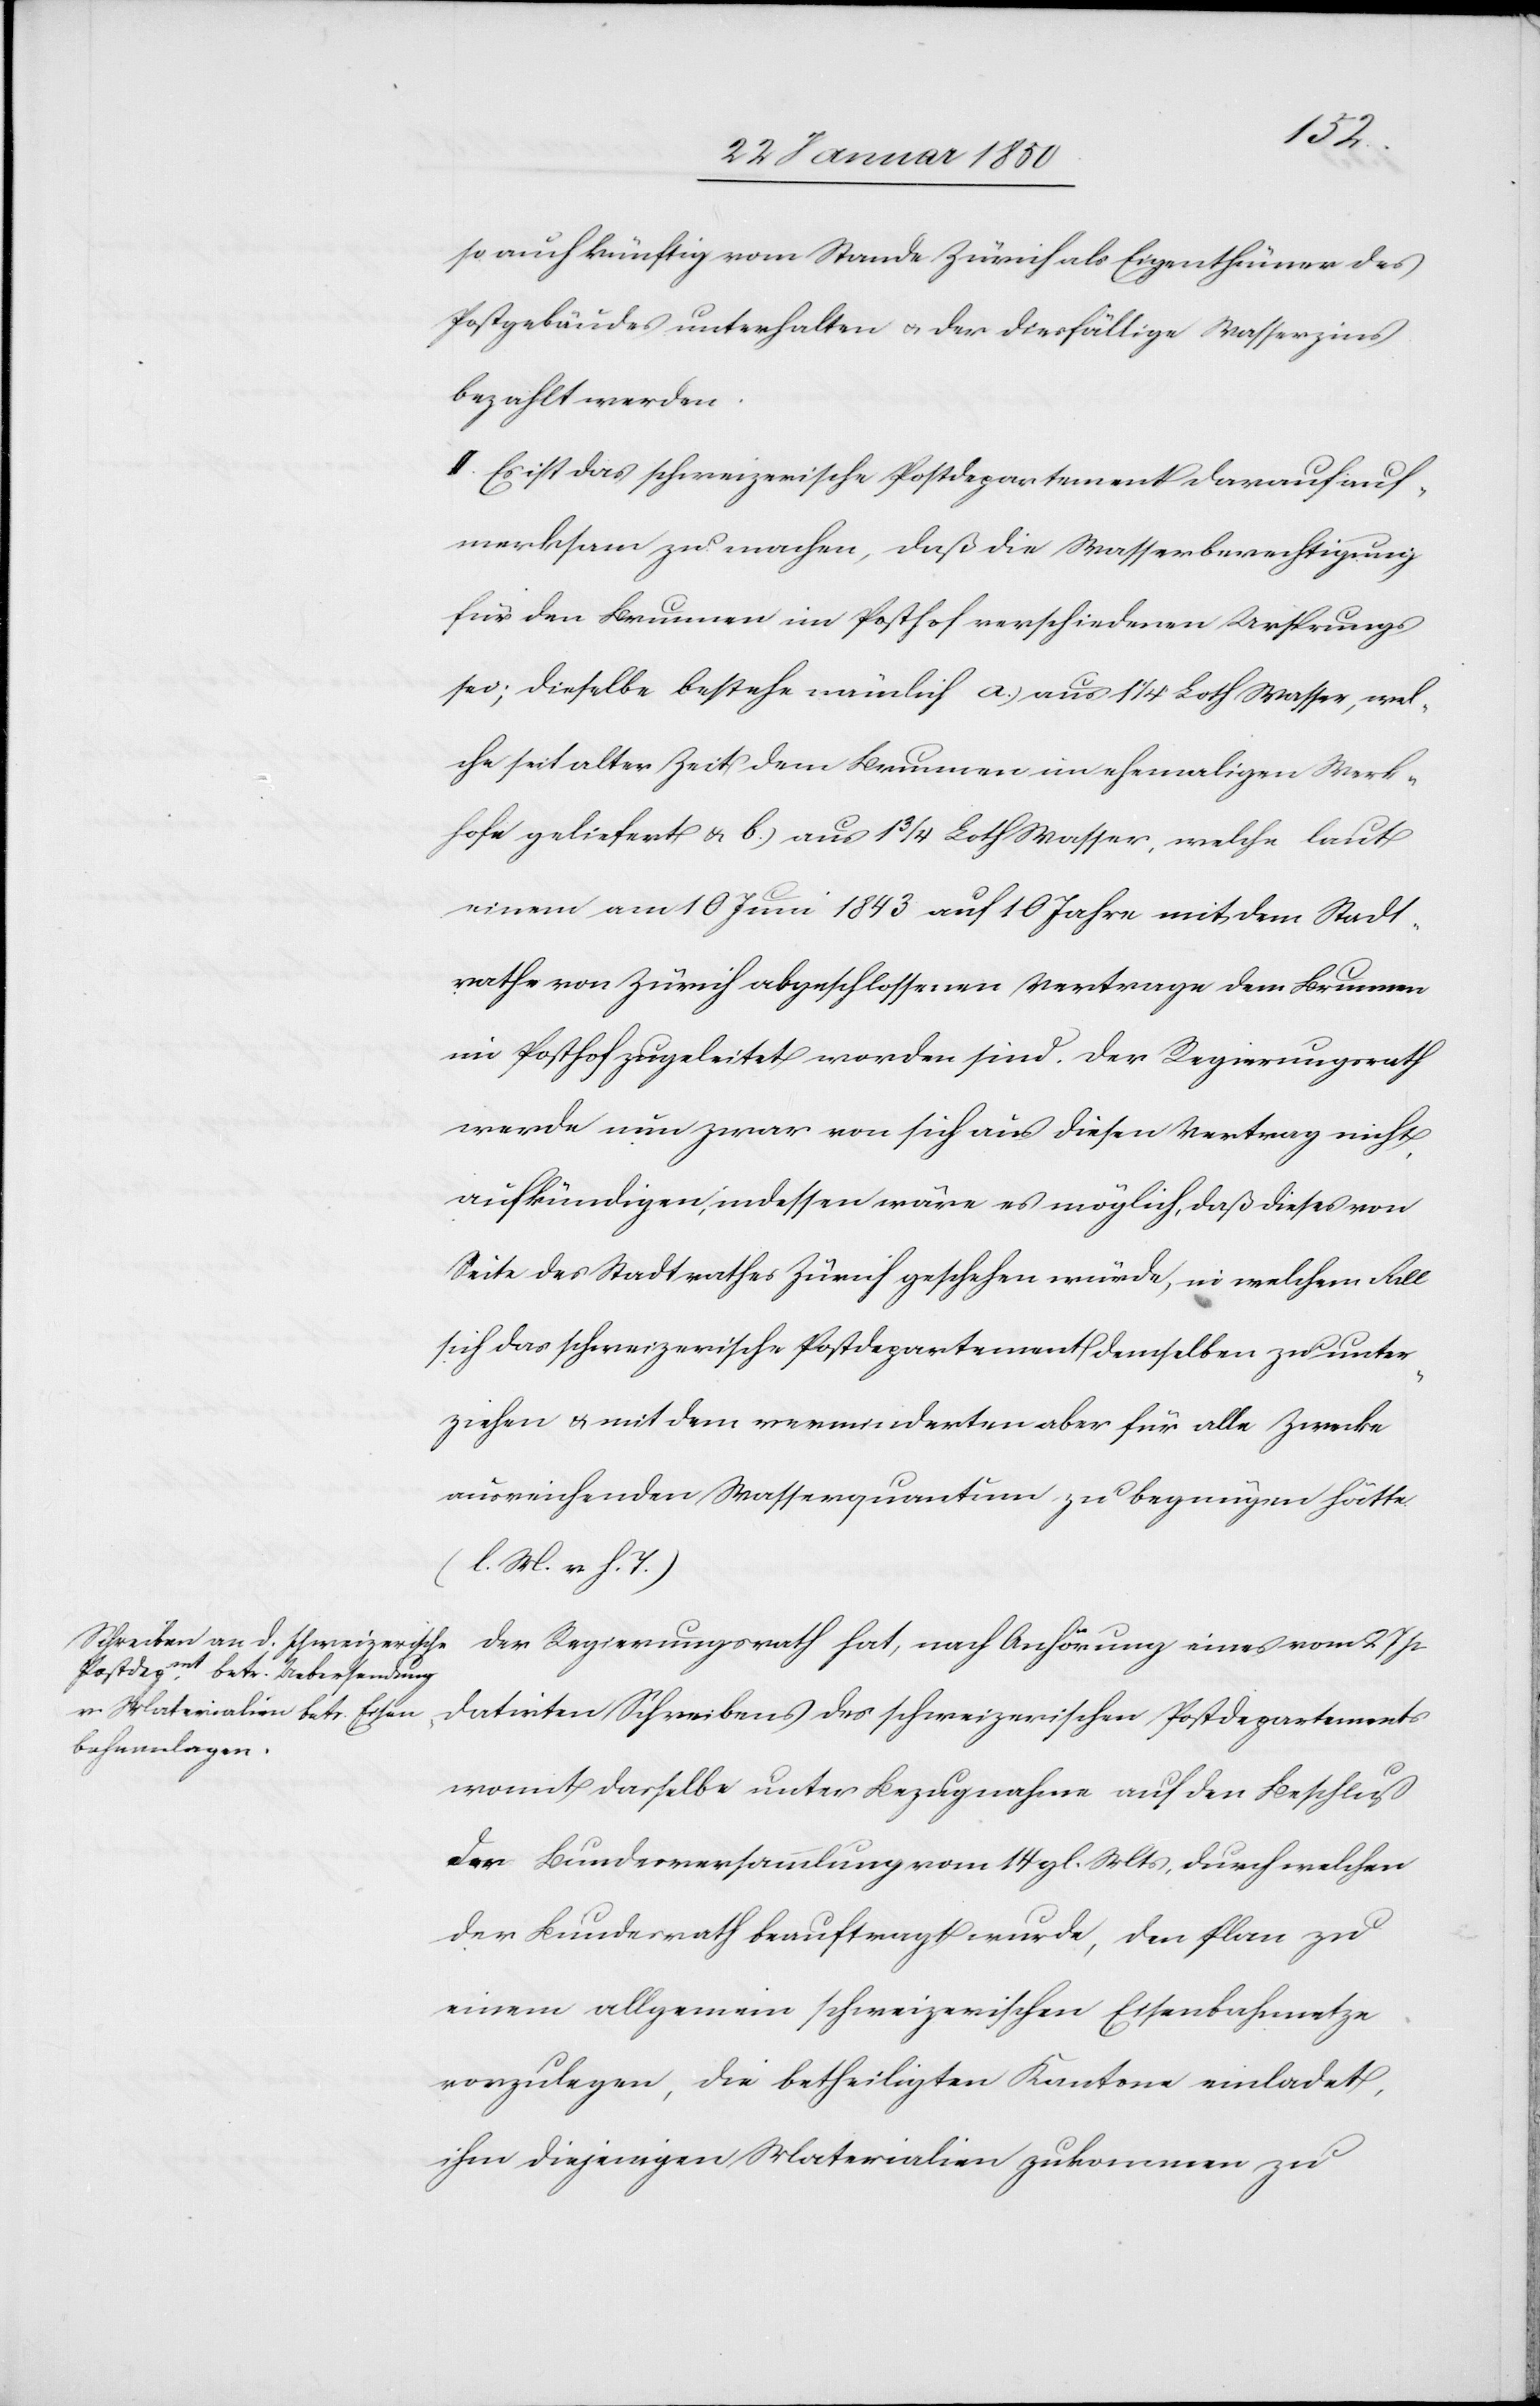
so auch künftig vom Stande Zürich als Eigenthümer des
Postgebäudes unterhalten u. der diesfällige Wasserzins
bezahlt werden.
II. Es ist das schweizerische Postdepartement darauf auf¬
merksam zu machen, daß die Wasserberechtigung
für den Brunnen im Posthof verschiedenen Ursprungs
sei; dieselbe bestehe nämlich a.) aus 1 1/4 Loth Wasser, wel¬
che seit alter Zeit dem Brunnen im ehemaligen Werk¬
hofe geliefert u. b.) aus 1 3/4 Loth Wasser, welche laut
einem am 10 Juni 1843 auf 10 Jahre mit dem Stadt¬
rathe von Zürich abgeschlossenen Vertrage dem Brunnen
im Posthof zugeleitet worden sind. Der Regierungsrath
werde nun zwar von sich aus diesen Vertrag nicht
aufkündigen, indessen wäre es möglich, daß dieses von
Seite des Stadtrathes Zürich geschehen würde, in welchem Fall
sich das schweizerische Postdepartement demselben zu unter¬
ziehen u. mit dem verminderten aber für alle Zwecke
ausreichenden Wasserquantum zu begnügen hätte.
(l. M. v. h. T.)
Der Regierungsrath hat, nach Anhörung eines vom 27 p
datirten Schreibens des schweizerischen Postdepartements
womit dasselbe unter Bezugnahme auf den Beschluß
der Bundesversammlung vom 14 gl. Mts, durch welchen
der Bundesrath beauftragt wurde, den Plan zu
einem allgemein schweizerischen Eisenbahnnetze
vorzulegen, die betheiligten Kantone einladet,
ihm diejenigen Materialien zukommen zu